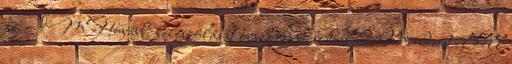
az IMF további beleszólását országunk sorsába. Mindent el kell